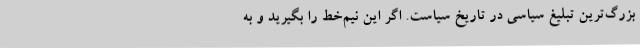
بزرگ‌ترین تبلیغ سیاسی در تاریخ سیاست. اگر این نیم‌خط را بگیرید و به